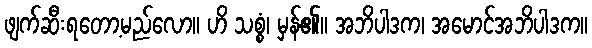
ဖျက်ဆီးရတော့မည်လော။ ဟိ သစ္စံ၊ မှန်၏။ အဘိပါဒက၊ အမောင်အဘိပါဒက။